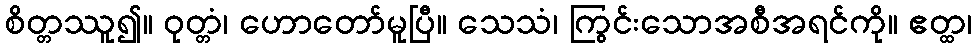
စိတ္တဿူ၍။ ဝုတ္တံ၊ ဟောတော်မူပြီ။ သေသံ၊ ကြွင်းသောအစီအရင်ကို။ ဧတ္ထ၊